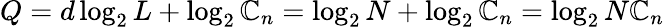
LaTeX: Q=d\log_{2}{L}+\log_{2}{\mathbb{C}_{n}}=\log_{2}{N}+\log_{2}{\mathbb{C}_{n}}=\log_{2}{N\mathbb{C}_{n}}